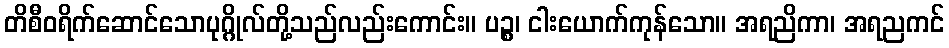
တိစီဝရိက်ဆောင်သောပုဂ္ဂိုလ်တို့သည်လည်းကောင်း။ ပဉ္စ၊ ငါးယောက်ကုန်သော။ အရညိကာ၊ အရညကင်